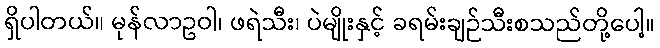
ရှိပါတယ်။ မုန်လာဥဝါ၊ ဖရဲသီး၊ ပဲမျိုးနှင့် ခရမ်းချဉ်သီးစသည်တို့ပေါ့။